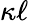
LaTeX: \kappa{\ell}